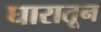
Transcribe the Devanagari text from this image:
घारातून